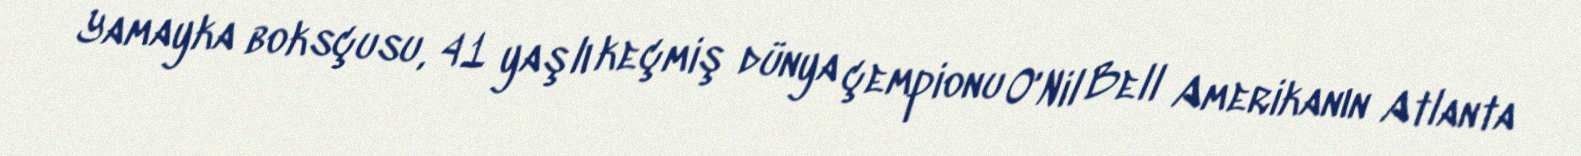
Yamayka boksçusu, 41 yaşlı keçmiş dünya çempionu O'Nil Bell Amerikanın Atlanta